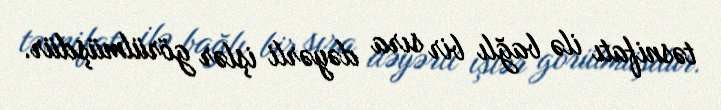
təsnifatı ilə bağlı bir sıra dəyərli işlər görülmüşdür.